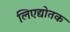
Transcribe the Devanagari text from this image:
लिएद्योतक